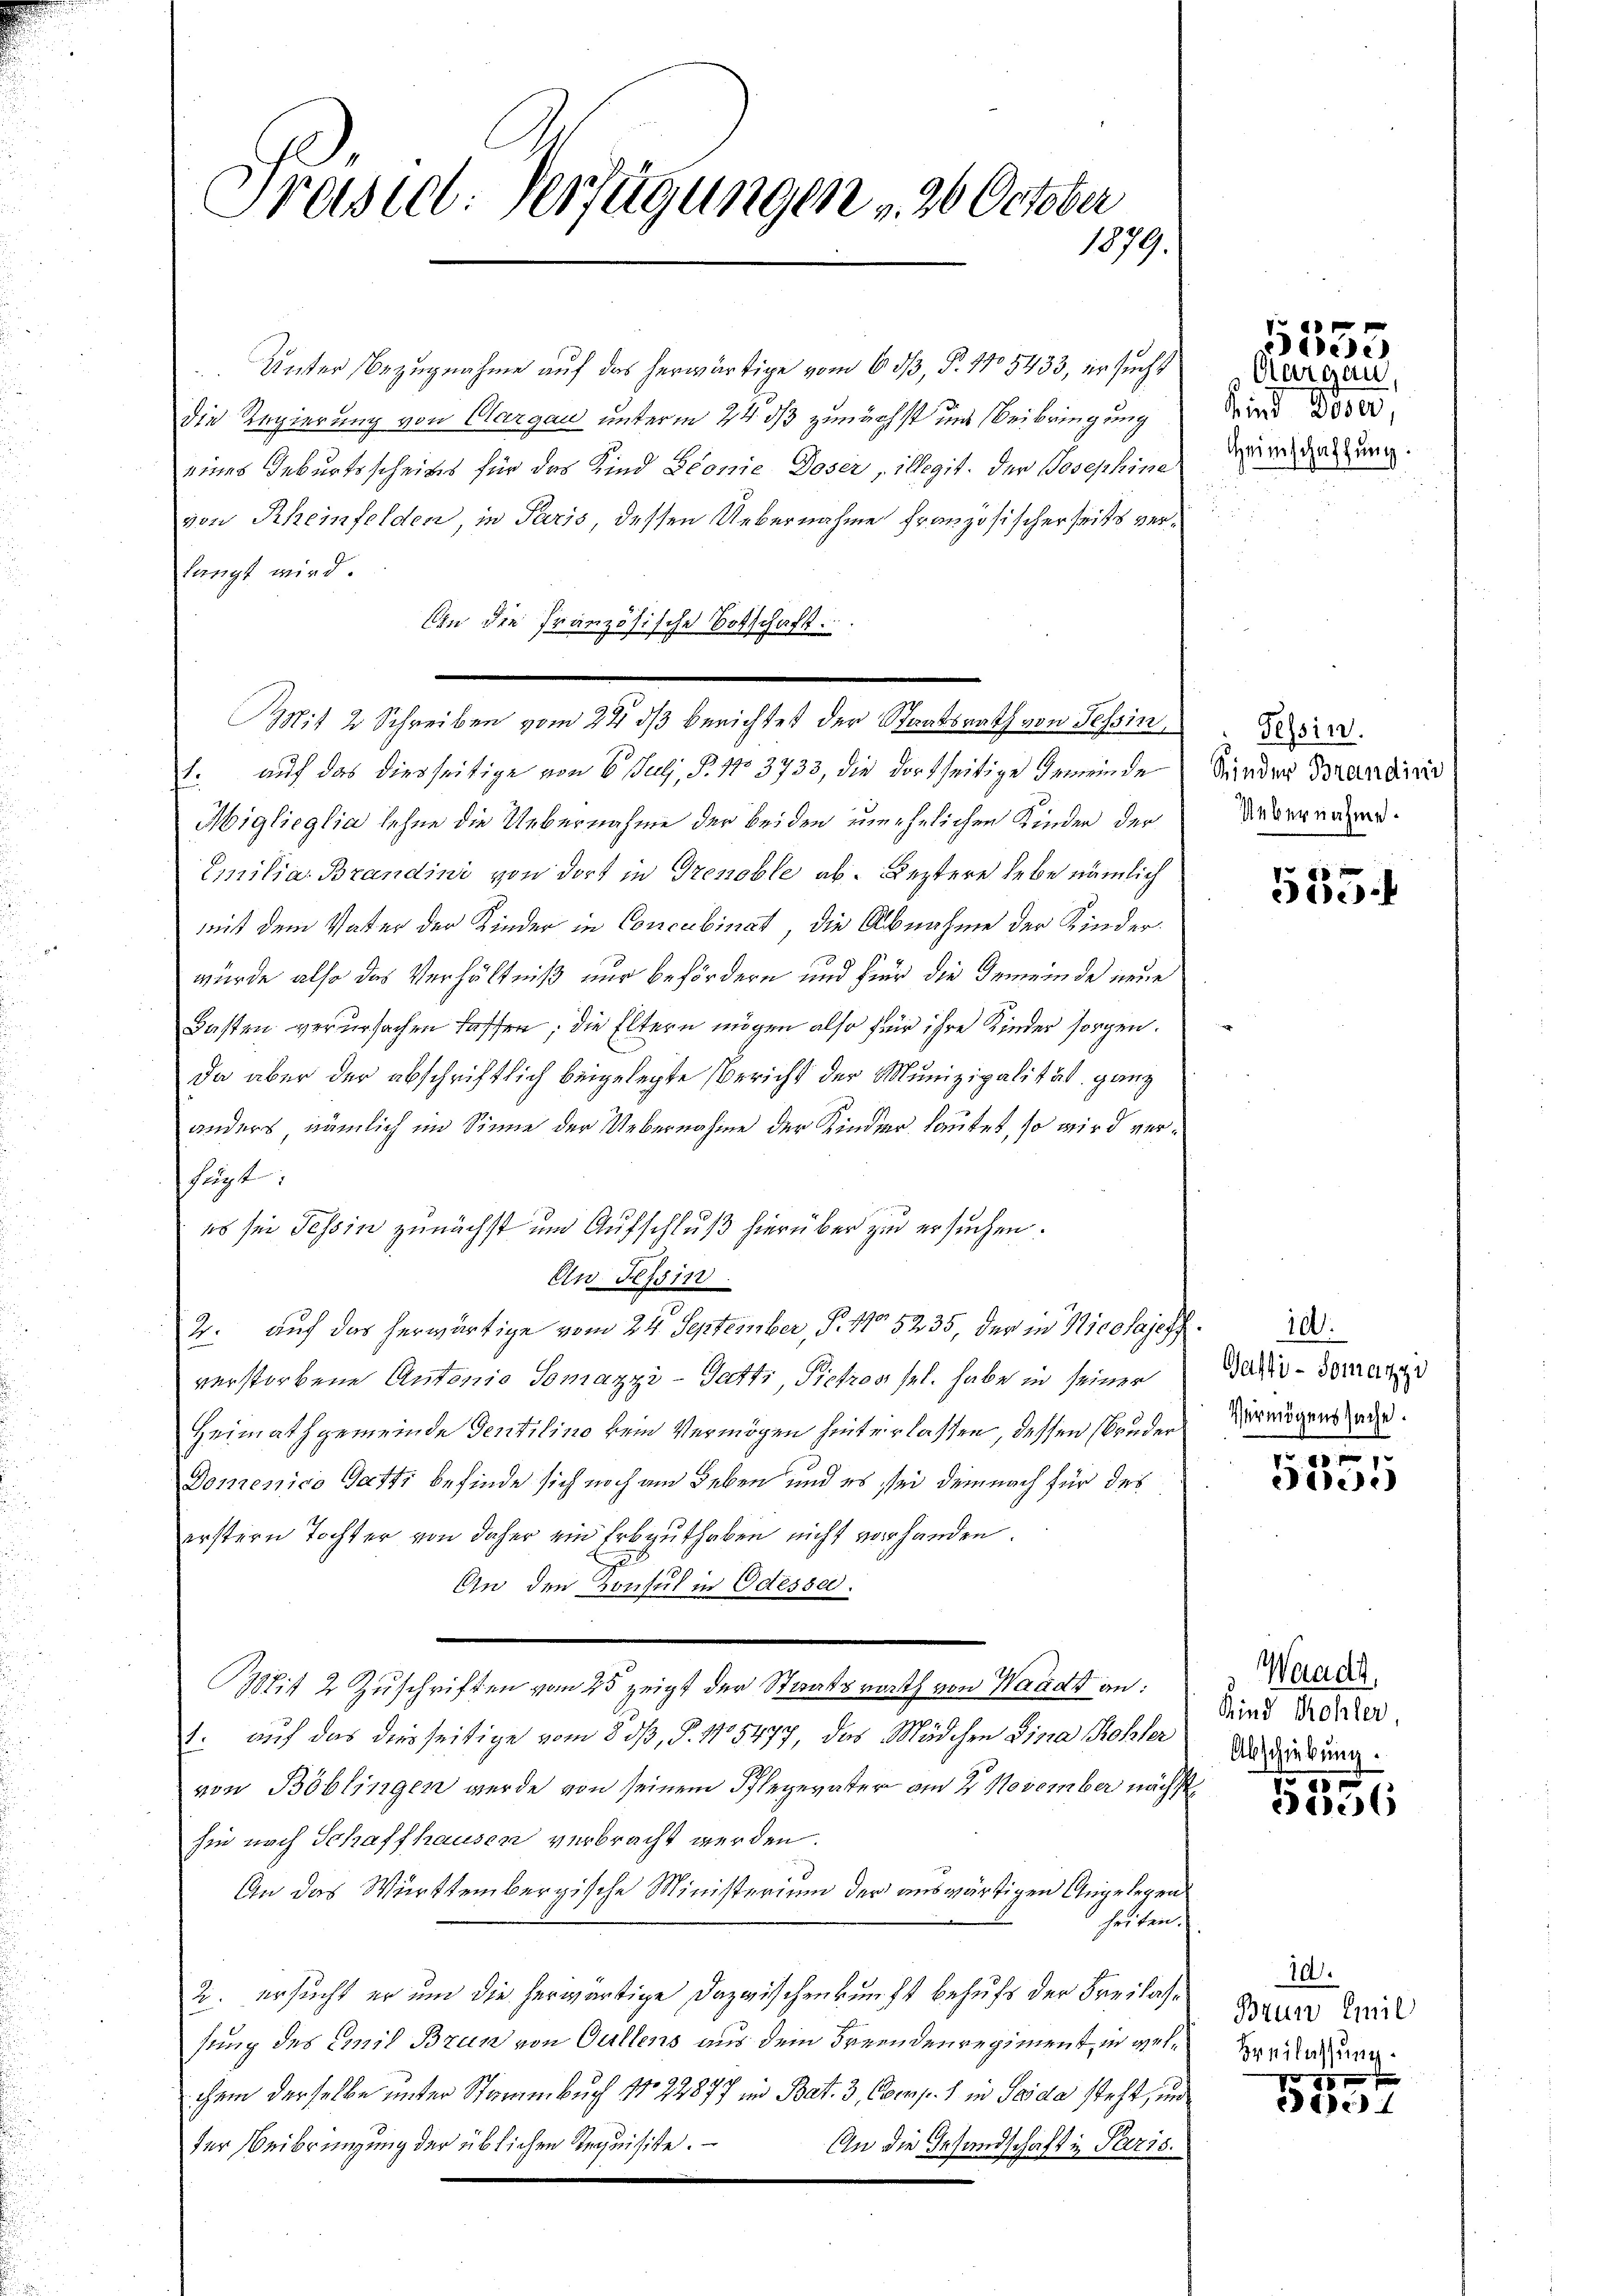
Praste: Verfügungen v. 20 October
1879.

Unter Bezugnahme auf das herwärtige vom 6. dβ, P. 105433, er sucht
die Regierung von Clargau unterm 24. ds zunächst und Beibringung
eines Geburtsscheins für das Kind Pionie Doser, illegit. der Josephine
von Rheinfelden, in Paris, dessen Uebernahme französischerseits verlangt wird
An die Französische Botschaft.
1. auf das diesseitige von 6 Juli, P. No 3733, die dortseitige Gemeinde
Miglieglia lehne die Uebernahme der beiden unehelichen Kinder der
Emilia Brandini von dort in Grenoble ab. Leztere lebe nämlich
mit dem Vater der Kinder in Concubinat, die Abnahme der Kinderwurde also das Verhältniß nur befördern und fier die Gemeinde neue
Basten verursachen lassen, die Eltern mögen also für ihre Kinder sorgen.
da aber der abschriftlich beigelegte Bericht der Munizipalität ganz
anders, nämlich im Sinne der Uebernahme der Kinder lautet, so wird verfügt:
es sei Tessin zunächst um Aufschluß hierüber zu ersuchen.
An Tessin.
2. auf das herwärtige vom 24. September, P. No 5235, der in Nicolajeff. 28.
verstorbene Antonio Somazzi-Gatti, Pietros sel. habe in seiner
Heimathgemeinde Sentilino kein Vermögen hinterlassen, dessen Bruder
Domenico Gatti befinde sich noch am Leben und es sei demnach für des
erstern Tochter von daher ein Erbguthaben nicht vorhanden.
Ein den Konsul in Odessa.
Bit 2 Zuschriften vom 25 zeigt der Staatsrath von Waadt an:
1. auf das diesseitige vom 8. dß, §. 15477, das Mädchen Sina Rohler
von Böblingen wurde von seinem Pflegerater am 2. November nächst
hin nach Schaffhausen verbracht werden.
An das Württembergische Ministerium der auswärtigen Angelegen
heiten.
2. ersucht er und die herwärtige Dazwischenkunft behufs der Freilassung des Emil Brun von Gullens aus dem Freundenregiment in wel¬
1
chem derselbe unter Stammbuch No. 24877 im Bat. 3, Comp. 1 in Garda steht, und
der Beibringung der üblichen Requisite.
An die Gesandschaft in Paris.

Mit 2 Schreiben vom 24. ds berichtet der Staatsrath von Tessin,

x
ede)
Aargau

Kind Doser,
Heimschaffung

Tessin.
Sinder Brandini
Uebernahme.

535.

Gasti -Somaggi
Vermögenssache.

100.
eese

Waadt,
Kind Kohler,
Abschiebung.

1
11

10.
Brun Emil
Breilassung.
4 x

c